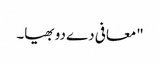
"معافی دے دو بھیا۔